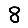
Digit: 8